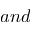
a n d